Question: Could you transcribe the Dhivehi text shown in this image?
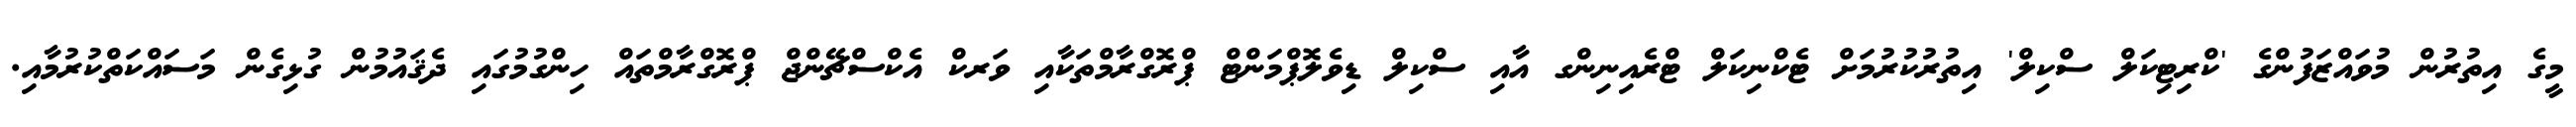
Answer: މީގެ އިތުރުން މުވައްޒަފުންގެ 'ކްރިޓިކަލް ސްކިލް' އިތުރުކުރުމަށް ޓެކްނިކަލް ޓްރެއިނިންގ އާއި ސްކިލް ޑިވެލޮޕްމަންޓް ޕްރޮގްރާމްތަކާއި ވަރކް އެކްސްޗޭންޖް ޕްރޮގްރާމްތައް ހިންގުމުގައި ދެޤައުމުން ގުޅިގެން މަސައްކަތްކުރުމާއި.